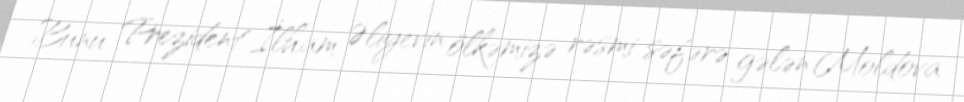
Bunu Prezident İlham Əliyevin ölkəmizə rəsmi səfərə gələn Moldova